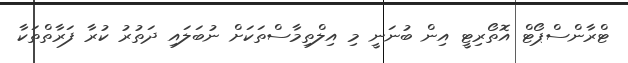
ޓްރާންސްޕޯޓް އޮތޯރިޓީ އިން ބުނަނީ މި އިލްތިމާސްތަކަށް ނުބަލައި ދަތުރު ކުރާ ފަރާތްތަކާ